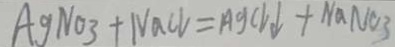
A g N O _ { 3 } + N a C l = A g C l \downarrow + N a N O _ { 3 }